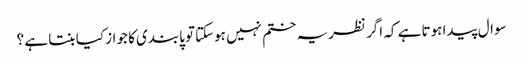
سوال پیدا ہوتا ہے کہ اگر نظریہ ختم نہیں ہوسکتاتو پابندی کا جواز کیا بنتا ہے ؟